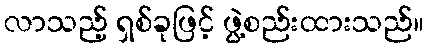
လာသည့် ရှစ်ခုဖြင့် ဖွဲ့စည်းထားသည်။